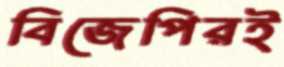
বিজেপিরই